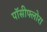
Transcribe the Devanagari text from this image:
पॉसीफ्लोरा